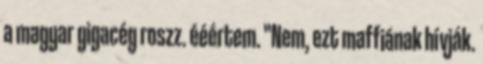
a magyar gigacég roszz. ééértem. "Nem, ezt maffiának hívják.